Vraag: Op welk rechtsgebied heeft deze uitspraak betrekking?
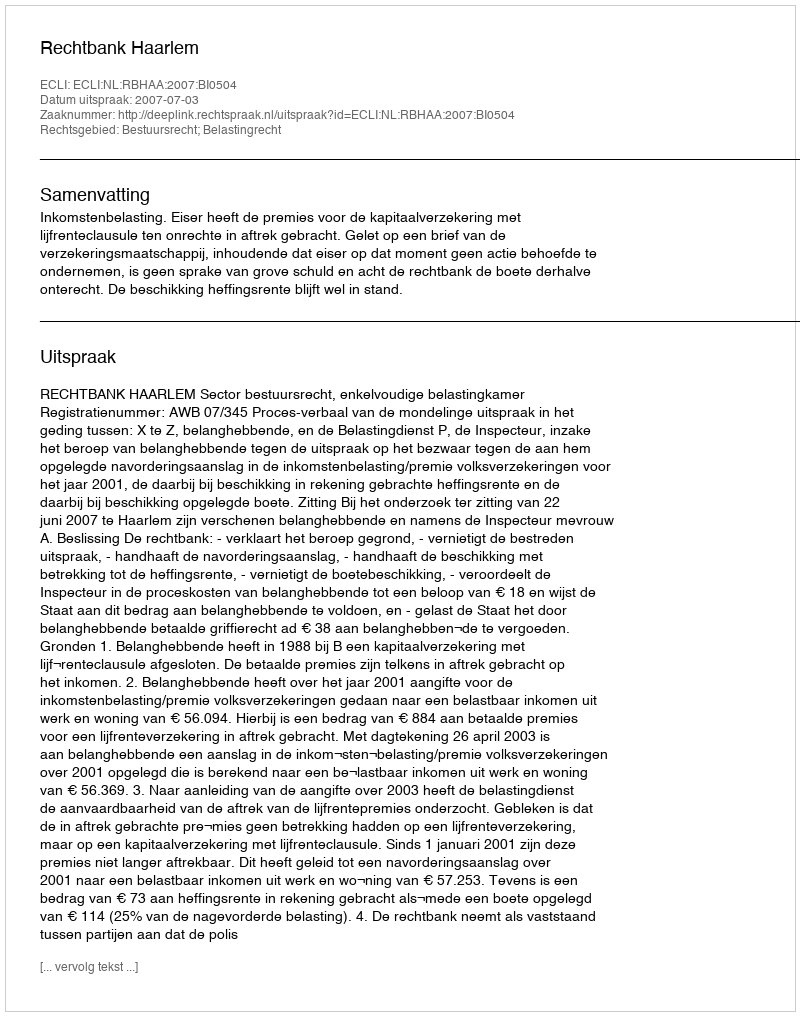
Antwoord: Bestuursrecht; Belastingrecht